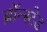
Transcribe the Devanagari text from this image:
ब्रॉन्स्टेड